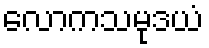
လောကသမုဒယံ